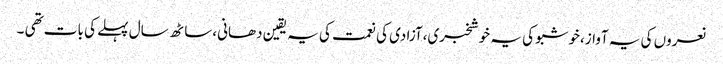
نعروں کی یہ آواز،خوشبو کی یہ خوشخبری،آزادی کی نعمت کی یہ یقین دھانی،ساٹھ سال پہلے کی بات تھی ۔